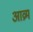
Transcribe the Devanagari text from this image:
आव्रम